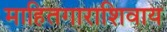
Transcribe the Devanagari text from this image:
माहितगाराशिवाय